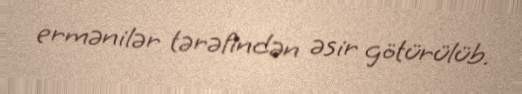
ermənilər tərəfindən əsir götürülüb.